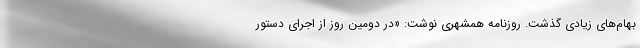
بهام‌های زیادی گذشت. روزنامه همشهری نوشت: «در دومین روز از اجرای دستور